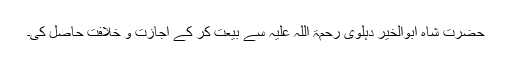
حضرت شاہ ابوالخیر دہلوی رحمۃ اللہ علیہ سے بیعت کر کے اجازت و خلافت حاصل کی۔